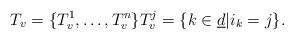
LaTeX: \begin{align*}T_v = \{ T^{1}_v , \ldots , T^{n}_v\}T^{j}_v = \{ k \in \underline{d} | i_k = j \}.\end{align*}